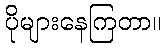
ပိုများနေကြတာ။